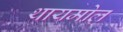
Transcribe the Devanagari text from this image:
थायमोल